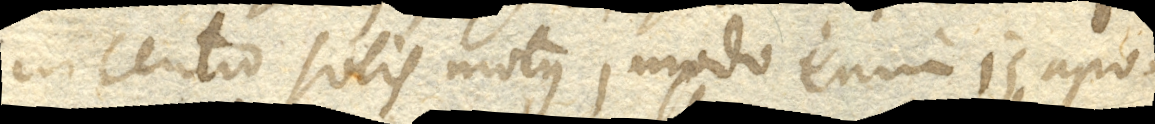
in centro solis motus, modo enim is apo–